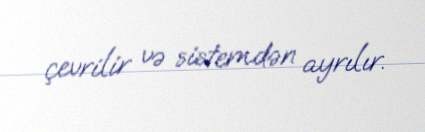
çevrilir və sistemdən ayrılır.